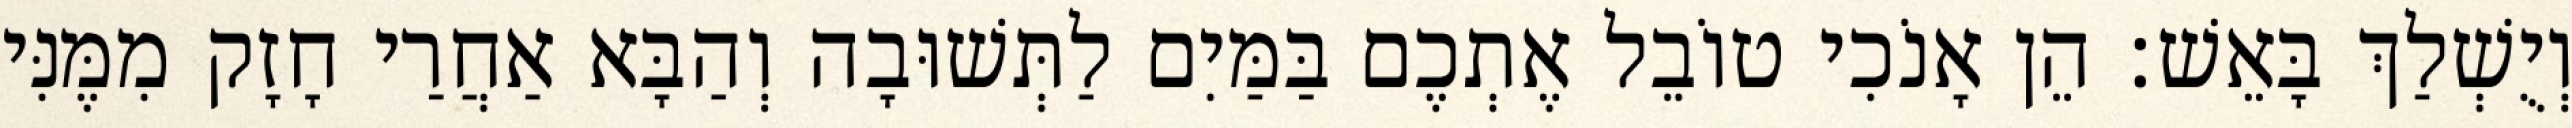
וְיֻשְׁלַךְ בָּאֵשׁ׃ הֵן אָנֹכִי טוֹבֵל אֶתְכֶם בַּמַּיִם לַתְּשׁוּבָה וְהַבָּא אַחֲרַי חָזָק מִמֶּנִּי